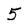
Character: 5